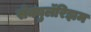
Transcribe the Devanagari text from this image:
सेक्युलॅरिझम